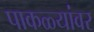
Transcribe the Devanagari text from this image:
पाकळ्यांवर